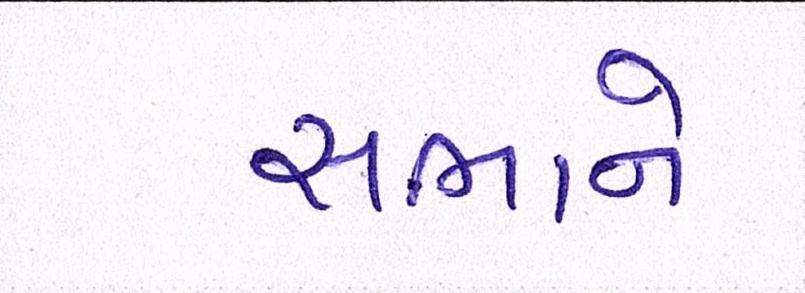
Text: સભાને